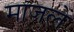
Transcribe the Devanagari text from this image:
माजलें